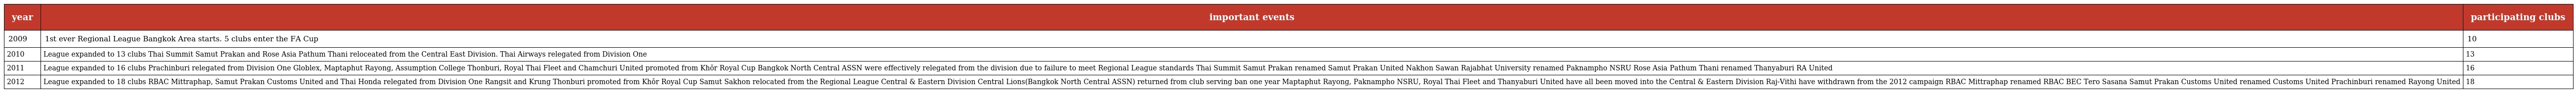
| year | important events | participating clubs |
 | --- | --- | --- |
 | 2009 | 1st ever Regional League Bangkok Area starts. 5 clubs enter the FA Cup | 10 |
 | 2010 | League expanded to 13 clubs Thai Summit Samut Prakan and Rose Asia Pathum Thani reloceated from the Central East Division. Thai Airways relegated from Division One | 13 |
 | 2011 | League expanded to 16 clubs Prachinburi relegated from Division One Globlex, Maptaphut Rayong, Assumption College Thonburi, Royal Thai Fleet and Chamchuri United promoted from Khǒr Royal Cup Bangkok North Central ASSN were effectively relegated from the division due to failure to meet Regional League standards Thai Summit Samut Prakan renamed Samut Prakan United Nakhon Sawan Rajabhat University renamed Paknampho NSRU Rose Asia Pathum Thani renamed Thanyaburi RA United | 16 |
 | 2012 | League expanded to 18 clubs RBAC Mittraphap, Samut Prakan Customs United and Thai Honda relegated from Division One Rangsit and Krung Thonburi promoted from Khǒr Royal Cup Samut Sakhon relocated from the Regional League Central & Eastern Division Central Lions(Bangkok North Central ASSN) returned from club serving ban one year Maptaphut Rayong, Paknampho NSRU, Royal Thai Fleet and Thanyaburi United have all been moved into the Central & Eastern Division Raj-Vithi have withdrawn from the 2012 campaign RBAC Mittraphap renamed RBAC BEC Tero Sasana Samut Prakan Customs United renamed Customs United Prachinburi renamed Rayong United | 18 |